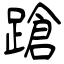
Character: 蹌